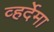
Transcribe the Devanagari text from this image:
व्हर्देमा